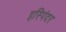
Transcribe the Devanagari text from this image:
इस्पिंदर